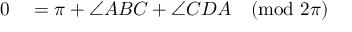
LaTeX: \begin{array} { r l } { 0 } & { { } = \pi + \angle A B C + \angle C D A { \pmod { 2 \pi } } } \end{array}